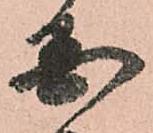
国